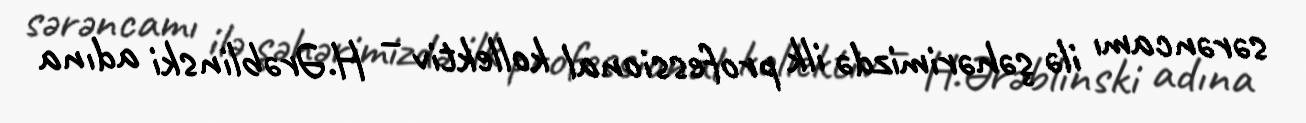
sərəncamı ilə şəhərimizdə ilk professional kollektiv – H.Ərəblinski adına